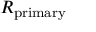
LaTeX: R _ { \mathrm { p r i m a r y } }